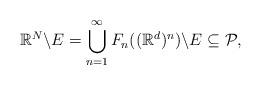
LaTeX: \begin{align*}\mathbb{R}^{N}\backslash E=\bigcup_{n=1}^{\infty}F_{n}((\mathbb{R}^{d})^{n})\backslash E\subseteq\mathcal{P},\end{align*}